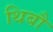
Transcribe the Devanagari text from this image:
थिबौ